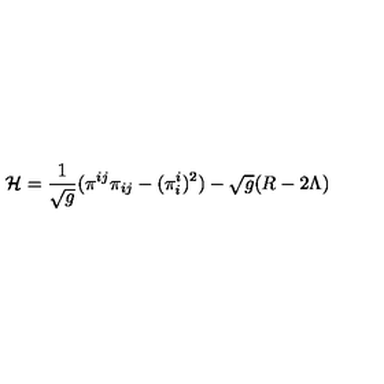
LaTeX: { \cal H } = \frac { 1 } { \sqrt { g } } ( \pi ^ { i j } \pi _ { i j } - ( \pi _ { i } ^ { i } ) ^ { 2 } ) - \sqrt { g } ( R - 2 \Lambda )